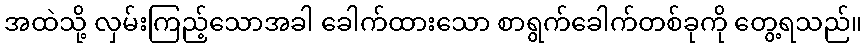
အထဲသို့ လှမ်းကြည့်သောအခါ ခေါက်ထားသော စာရွက်ခေါက်တစ်ခုကို တွေ့ရသည်။